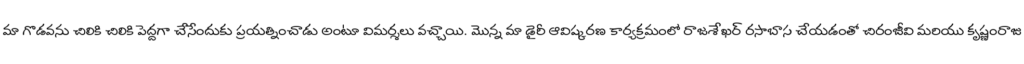
మా గొడవను చిలికి చిలికి పెద్దగా చేసేందుకు ప్రయత్నించాడు అంటూ విమర్శలు వచ్చాయి. మొన్న మా డైరీ ఆవిష్కరణ కార్యక్రమంలో రాజశేఖర్ రసాబాస చేయడంతో చిరంజీవి మరియు కృష్ణంరాజు